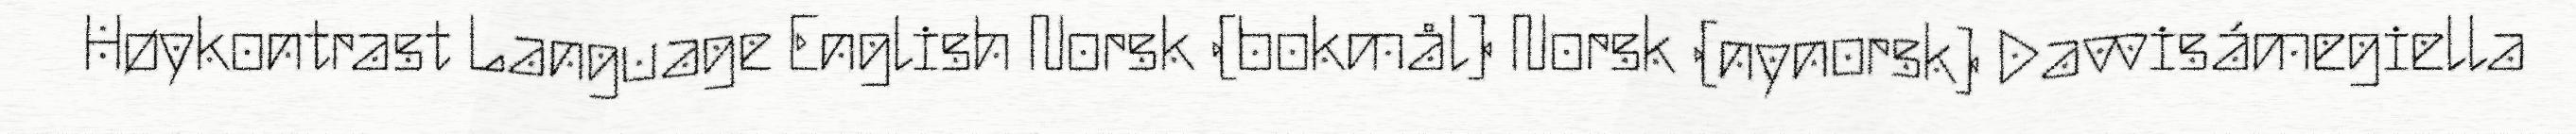
Høykontrast Language English Norsk (bokmål) Norsk (nynorsk) Davvisámegiella